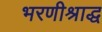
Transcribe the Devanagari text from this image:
भरणीश्राद्ध